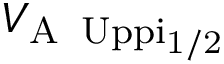
V _ { \mathrm { A \, \ U p p i _ { 1 / 2 } } }